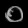
Digit: ၀